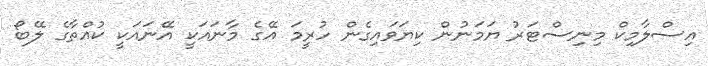
އިސްލާމިކް މިނިސްޓަރު ޔަމަނުން ކިޔަވައިގެން ހުރީމަ އޭގެ މާނައަކީ އޭނައަކީ ކުއްތާގެ ލޭބޯ